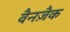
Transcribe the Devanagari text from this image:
वैनज़ैक